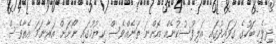
ދިވެހި ބަހުގެ ގަވައިދުގައި އަލިފުސުކުނެއް އޮންނަ ތަނެއްވެސް ކިޔުމުގައި ނޯށަށް އަރާނަމަ އެތާވެސް